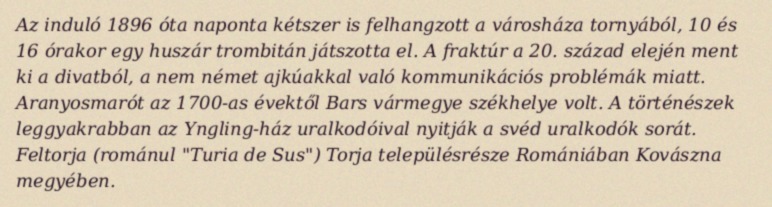
Az induló 1896 óta naponta kétszer is felhangzott a városháza tornyából, 10 és 16 órakor egy huszár trombitán játszotta el. A fraktúr a 20. század elején ment ki a divatból, a nem német ajkúakkal való kommunikációs problémák miatt. Aranyosmarót az 1700-as évektől Bars vármegye székhelye volt. A történészek leggyakrabban az Yngling-ház uralkodóival nyitják a svéd uralkodók sorát. Feltorja (románul "Turia de Sus") Torja településrésze Romániában Kovászna megyében.